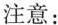
注意: